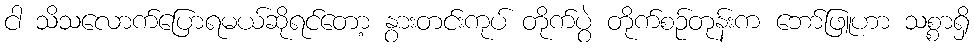
ငါ သိသလောက်ပြောရမယ်ဆိုရင်တော့ နွားတင်းကုပ် တိုက်ပွဲ တိုက်စဉ်တုန်းက ဘော်ဖြူဟာ သစ္စာရှိ